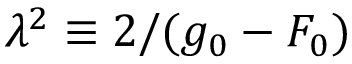
\lambda ^ { 2 } \equiv 2 / ( g _ { 0 } - F _ { 0 } )